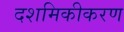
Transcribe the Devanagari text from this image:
दशमिकीकरण